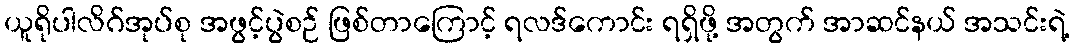
ယူရိုပါလိဂ်အုပ်စု အဖွင့်ပွဲစဉ် ဖြစ်တာကြောင့် ရလဒ်ကောင်း ရရှိဖို့ အတွက် အာဆင်နယ် အသင်းရဲ့